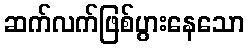
ဆက်လက်ဖြစ်ပွားနေသော